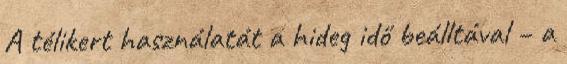
A télikert használatát a hideg idő beálltával – a